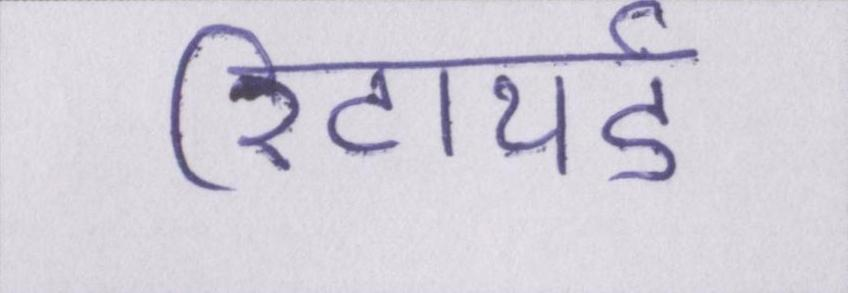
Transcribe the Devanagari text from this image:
रिटायर्ड